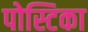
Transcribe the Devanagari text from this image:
पोस्टिका